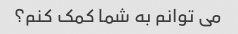
می توانم به شما کمک کنم؟